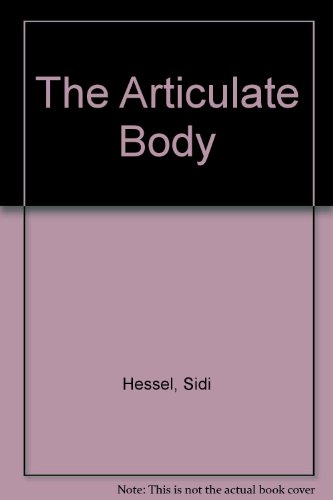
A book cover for The Articulate Body; Sidi Hessel; Health, Fitness & Dieting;